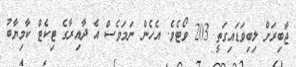
ޖާބިރަށް ލިބިވަޑައިގަތީ 203 ވޯޓެވެ. އެހެން ނަމަވެސް އެ ދާއިރާގެ ޓިކެޓް ކާމިޔާބު